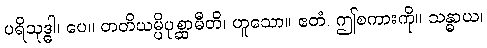
ပရိသုဒ္ဓါ၊ ပေ။ တတိယမ္ပိပုစ္ဆာမီတိ၊ ဟူသော။ ဧတံ၊ ဤစကားကို။ သန္ဓာယ၊